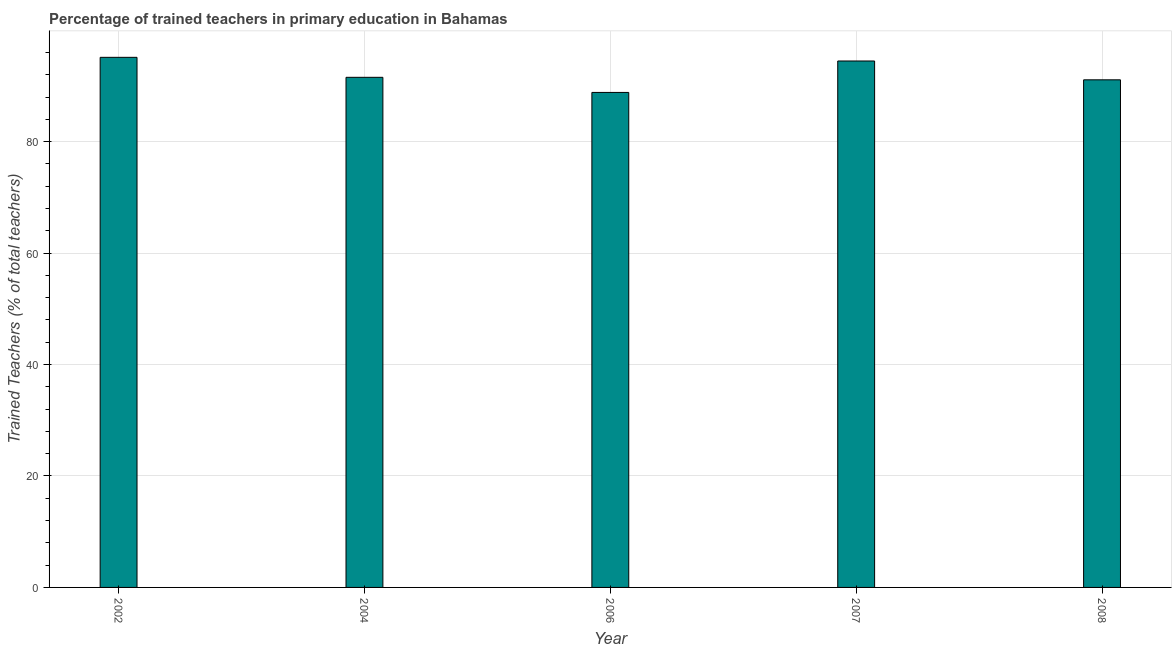
| Year | Trained teacher |
 | --- | --- |
 | 2002 | 95.1 |
 | 2004 | 91.5 |
 | 2006 | 88.8 |
 | 2007 | 94.5 |
 | 2008 | 91.1 |